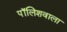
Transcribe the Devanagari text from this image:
पॉलिशवाला